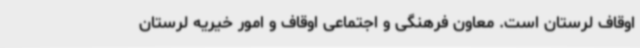
اوقاف لرستان است. معاون فرهنگی و اجتماعی اوقاف و امور خیریه لرستان